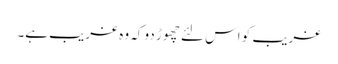
غریب کو اس لئے چھوڑ دو کہ وہ غریب ہے۔